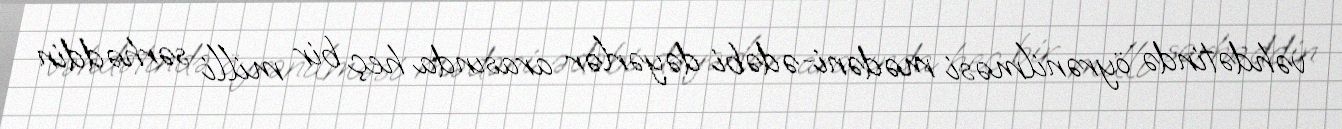
vəhdətində öyrənilməsi mədəni-ədəbi dəyərlər arasında heç bir milli sərhəddin